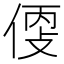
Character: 𠊳